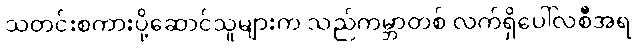
သတင်းစကားပို့ဆောင်သူများက သည်ကမ္ဘာတစ် လက်ရှိပေါ်လစီအရ